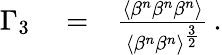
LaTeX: \begin{array}{rlr}{\Gamma_{3}}&{{}=}&{\frac{\left\langle\beta^{n}\beta^{n}\beta^{n}\right\rangle}{\left\langle\beta^{n}\beta^{n}\right\rangle^{\frac{3}{2}}}\, .}\end{array}